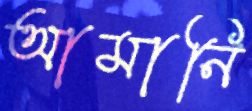
আমানি